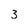
Character: 3